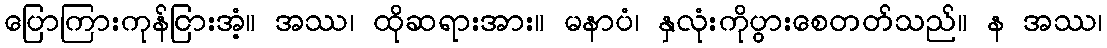
ပြောကြားကုန်ငြားအံ့။ အဿ၊ ထိုဆရားအား။ မနာပံ၊ နှလုံးကိုပွားစေတတ်သည်။ န အဿ၊